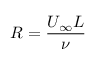
R = \frac { U _ { \infty } L } { \nu }